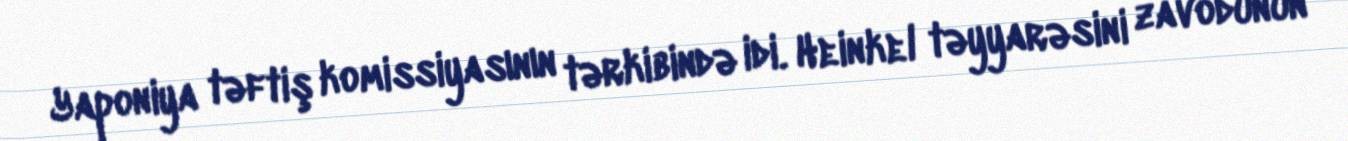
Yaponiya təftiş komissiyasının tərkibində idi. Heinkel təyyarəsini zavodunun